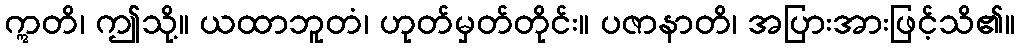
ဣတိ၊ ဤသို့။ ယထာဘူတံ၊ ဟုတ်မှတ်တိုင်း။ ပဇာနာတိ၊ အပြားအားဖြင့်သိ၏။